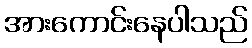
အားကောင်းနေပါသည်